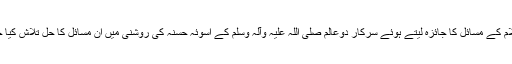
عالم اسلام کے مسائل کا جائزہ لیتے ہوئے سرکارِ دوعالم صلی اللہ علیہ وآلہ وسلم کے اسوئہ حسنہ کی روشنی میں ان مسائل کا حل تلاش کیا جاتا تھا۔